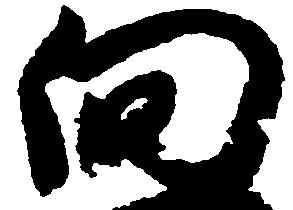
向